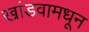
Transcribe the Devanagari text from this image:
खांडवामधून